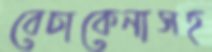
বেচাকেনাসহ